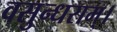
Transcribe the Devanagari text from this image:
वसुन्धराम्।